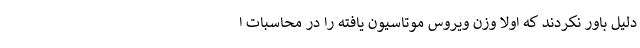
دلیل باور نکردند که اولا وزن ویروس موتاسیون یافته را در محاسبات ا